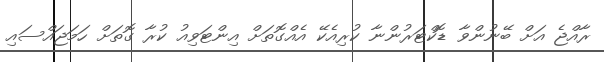
ރާއްޖެ އަށް ބޭނުންވާ ޑޮކްޓަރުންނާ ކުރިއެކޭ އެއްގޮތަށް އިންޓަވިއު ކުރާ ގޮތަށް ހަމަޖައްސައި